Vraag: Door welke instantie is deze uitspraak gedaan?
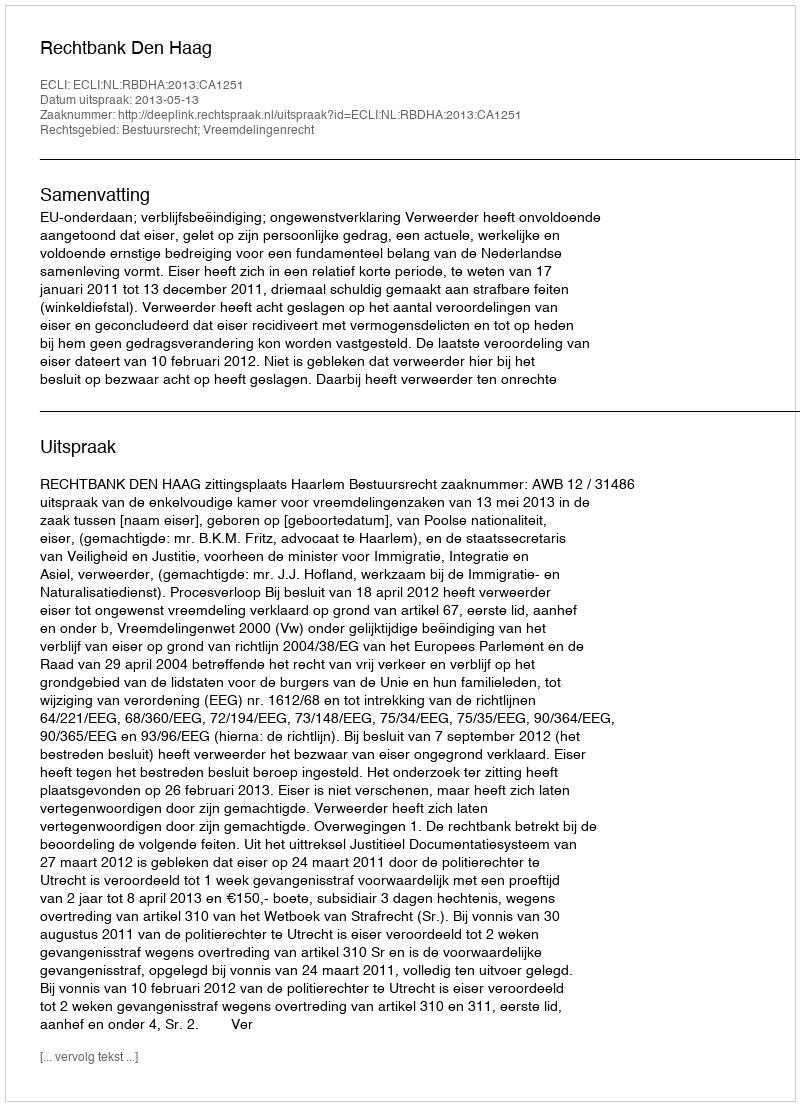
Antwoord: Rechtbank Den Haag